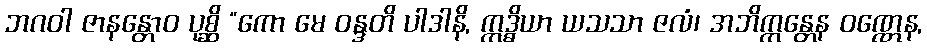
ဘဂဝါ ဇာနန္တောဝ ပုစ္ဆိ “ကော မေ ဝန္ဒတိ ပါဒါနိ, ဣဒ္ဓိယာ ယသသာ ဇလံ၊ အဘိက္ကန္တေန ဝဏ္ဏေန,